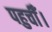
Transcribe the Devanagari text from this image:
पहुचीँ।